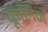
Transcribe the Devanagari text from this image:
फूलिन